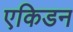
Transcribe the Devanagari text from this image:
एकिडन